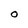
Character: O